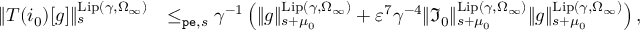
\begin{array} { r l } { \rVert T ( i _ { 0 } ) [ g ] \rVert _ { s } ^ { \mathrm { L i p } ( \gamma , \Omega _ { \infty } ) } } & { \le _ { \mathtt { p e } , s } \gamma ^ { - 1 } \left( \rVert g \rVert _ { s + \mu _ { 0 } } ^ { \mathrm { L i p } ( \gamma , \Omega _ { \infty } ) } + \varepsilon ^ { 7 } \gamma ^ { - 4 } \rVert \mathfrak { I } _ { 0 } \rVert _ { s + \mu _ { 0 } } ^ { \mathrm { L i p } ( \gamma , \Omega _ { \infty } ) } \rVert g \rVert _ { s + \mu _ { 0 } } ^ { \mathrm { L i p } ( \gamma , \Omega _ { \infty } ) } \right) , } \end{array}